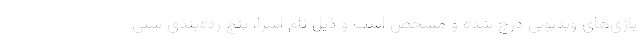
بازی‌های ویدیویی درج شده و مشخص است و ذیل نام اسرا، پنج رده‌بندی سنی